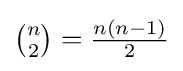
{\tbinom {n}{2}}={\tfrac {n(n-1)}{2}}